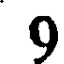
0